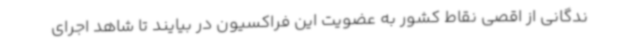
ندگانی از اقصی نقاط کشور به عضویت این فراکسیون در بیایند تا شاهد اجرای